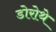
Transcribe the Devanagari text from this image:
डोरोथे